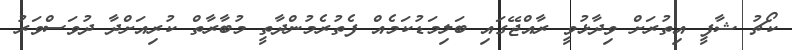
ކޯޗު ޝާފީ އިތުރަށް ވިދާޅުވީ ރާއްޖޭގައި ބަލިމަޑުކަމެއް ފެތުރެމުންދާތީ މުބާރާތް ކުރިއަށްދާ ދުވަސްވަރު